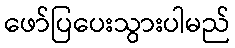
ဖော်ပြပေးသွားပါမည်